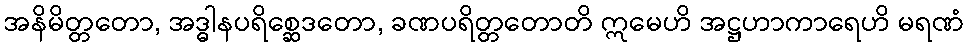
အနိမိတ္တတော, အဒ္ဓါနပရိစ္ဆေဒတော, ခဏပရိတ္တတောတိ ဣမေဟိ အဋ္ဌဟာကာရေဟိ မရဏံ